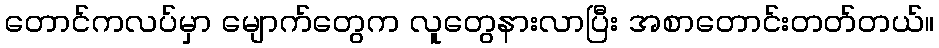
တောင်ကလပ်မှာ မျောက်တွေက လူတွေနားလာပြီး အစာတောင်းတတ်တယ်။